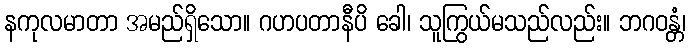
နကုလမာတာ အမည်ရှိသော။ ဂဟပတာနီပိ ခေါ၊ သူကြွယ်မသည်လည်း။ ဘဂဝန္တံ၊